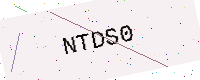
Text: NTDS0